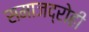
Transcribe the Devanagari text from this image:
समाजद्रोही